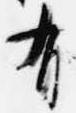
有